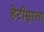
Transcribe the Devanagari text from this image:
हेटीसुरला